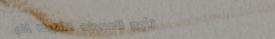
تأجير المعدات الثقيلة للم